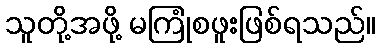
သူတို့အဖို့ မကြုံစဖူးဖြစ်ရသည်။